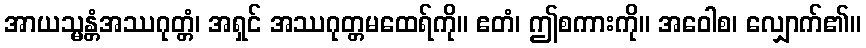
အာယသ္မန္တံအဿဂုတ္တံ၊ အရှင် အဿဂုတ္တမထေရ်ကို။ ဧတံ၊ ဤစကားကို။ အဝေါစ၊ လျှောက်၏။